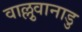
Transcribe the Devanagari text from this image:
वाल्लुवानाडु